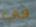
في